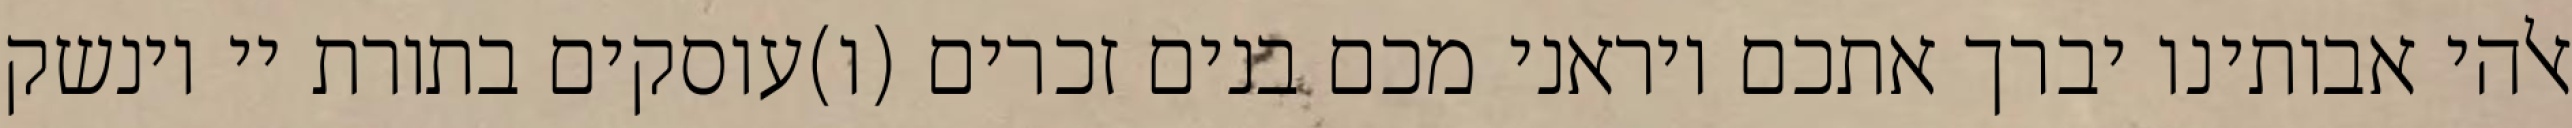
אלהי אבותינו יברך אתכם ויראני מכם בנים זכרים (ו)עוסקים בתורת יי וינשק